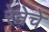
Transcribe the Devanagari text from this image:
रेनेचे